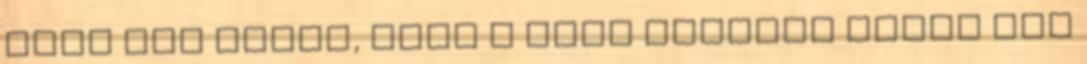
vagy tök olyan, mint a régi barátnő talán még